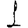
Digit: 1